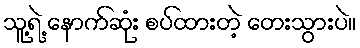
သူ့ရဲ့ နောက်ဆုံး စပ်ထားတဲ့ တေးသွားပဲ။